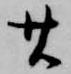
廿